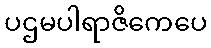
ပဌမပါရာဇိကေပေ